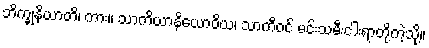
ဘိက္ခုနိယာတိ၊ ကား။ သာကိယာနိယောဝိယ၊ သာကီဝင် မင်းသမီးငါးရာတို့ကဲ့သို့။